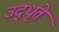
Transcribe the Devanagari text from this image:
उद्‌धृते